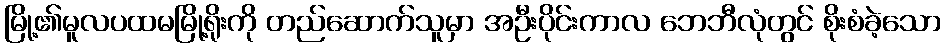
မြို့၏မူလပထမမြို့ရိုးကို တည်ဆောက်သူမှာ အဦးပိုင်းကာလ ဘေဘီလုံတွင် စိုးစံခဲ့သော